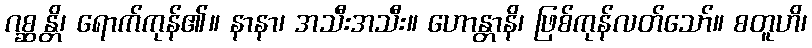
ဂစ္ဆန္တိ၊ ရောက်ကုန်၏။ နာနာ၊ အသီးအသီး။ ဟောန္တာနိ၊ ဖြစ်ကုန်လတ်သော်။ စတူဟိ၊